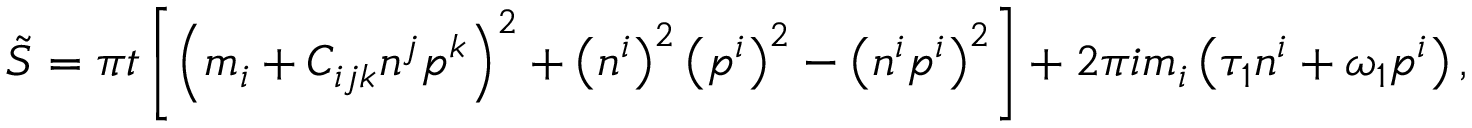
\tilde { S } = \pi t \left[ \left( m _ { i } + C _ { i j k } n ^ { j } p ^ { k } \right) ^ { 2 } + \left( n ^ { i } \right) ^ { 2 } \left( p ^ { i } \right) ^ { 2 } - \left( n ^ { i } p ^ { i } \right) ^ { 2 } \right] + 2 \pi i m _ { i } \left( \tau _ { 1 } n ^ { i } + \omega _ { 1 } p ^ { i } \right) ,